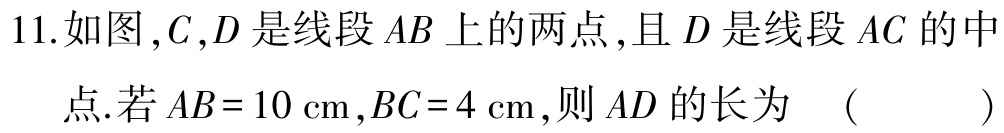
11.如图，\(C,D\)是线段\(AB\)上的两点，且\(D\)是线段\(AC\)的中

点.若\(AB = 10\mathrm{cm},BC = 4\mathrm{cm}\)，则\(AD\)的长为 （  ）